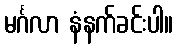
မင်္ဂလာ နံနက်ခင်းပါ။